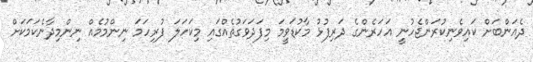
ދެއަންބަށް ކައިވެނިކުރަންޖެހުނީ އަހަރެންގެ ދަރިފުޅު މާކުޑަވީމަ މިފަދަވަގުތެއްގައި މިކަހަލަ ފުރިހަމަ ނިންމުމެއް ނިންމިދާނެކަމަކަށް